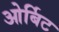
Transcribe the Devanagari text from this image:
ओर्बिट